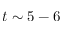
t \sim 5 - 6